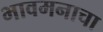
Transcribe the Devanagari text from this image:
भावमनाचा